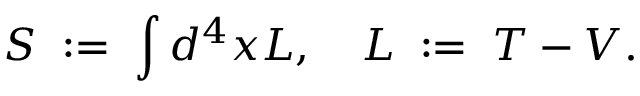
S \; : = \; \int { d ^ { 4 } x } { \cal L } , \quad { \cal L } \; : = \; { \cal T } - { \cal V } .